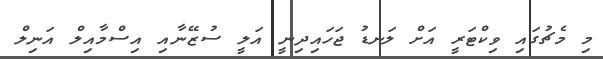
މި މެޗުގައި ވިކްޓަރީ އަށް ލަނޑު ޖަހައިދިނީ އަލީ ސުޒޭނާއި އިސްމާއިލް އަނިލް